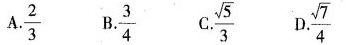
A.\frac{2}{3} B.\frac{3}{4} C.\frac{ \sqrt{5}}{3}